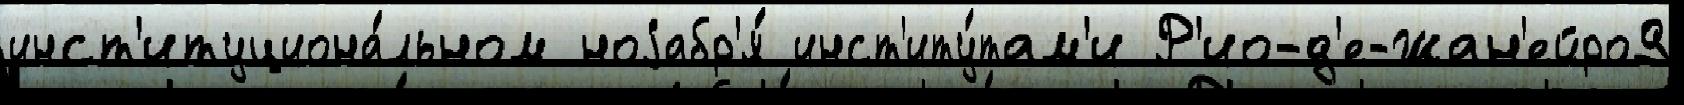
инст'итуциона́льном ноjабр'я́ инст'иту́там'и Р'ио-д'е-Жан'ейро9